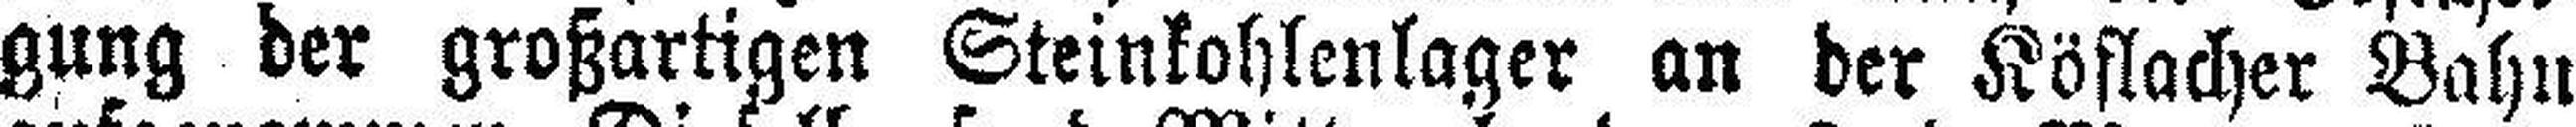
gung der großartigen Steinkohlenlager an der Köflacher Bahn